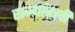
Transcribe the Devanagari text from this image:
राज्यांतली